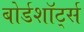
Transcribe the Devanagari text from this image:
बोर्डशॉर्ट्स